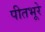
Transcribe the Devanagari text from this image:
पीतभूरे